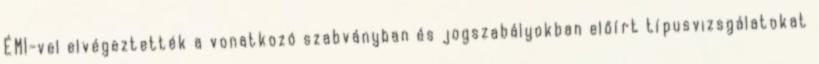
ÉMI-vel elvégeztették a vonatkozó szabványban és jogszabályokban előírt típusvizsgálatokat